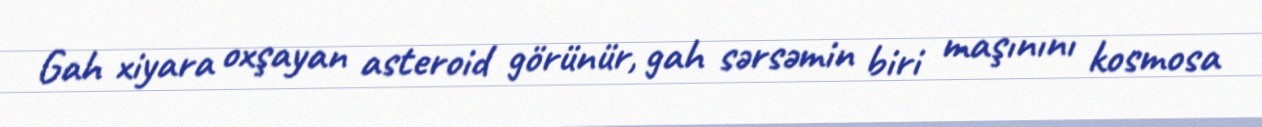
Gah xiyara oxşayan asteroid görünür, gah sərsəmin biri maşınını kosmosa